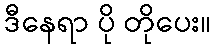
ဒီနေရာ ပို တိုပေး။